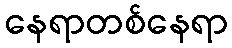
နေရာတစ်နေရာ